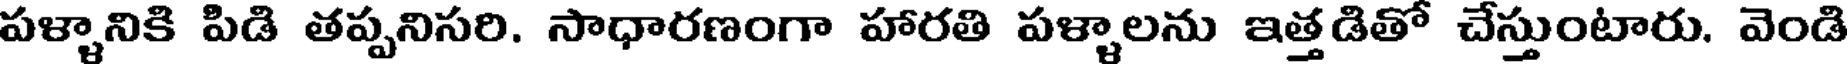
పళ్ళానికి పిడి తప్పనిసరి. సాధారణంగా హారతి పళ్ళాలను ఇత్తడితో చేస్తుంటారు. వెండి